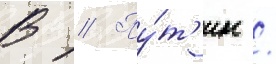
В // Пу́т'ин /